Calcutta medical institutions reports 1871-78
Year: 1871
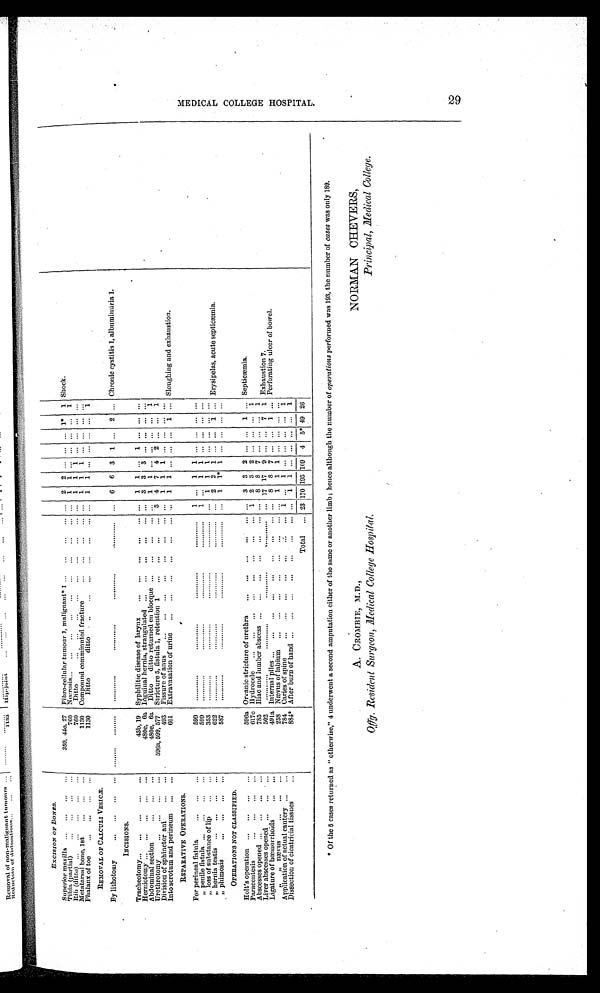
ExciexoN or BONES.
Superior maxilla ... ... ... ...
350, 44e, 27 Fibro-cellular tumour I, malignant. 1 ... ... ... ... ... 2 2 ... ... ... 1* 1 Shock
Tibia (partial)
... ... ... ...
760 Necrosis... ... ... ... ... ... ... ... ... ... 1 1
Rib (ditto) ... ... ... ... ...
760 Ditto
... ... ... ... ... ... ... ... . . 1 1 1
Metatarsal bone, 1st
1130 Compound comminuted fracture
... ... ...
Phalanx of toe
... ... ... —
1130
Ditto
ditto
REMOVAL OF CALCULI VESIC.X.
By lithotowy
.
.
6 6 3 1 ... 2 .., Chronic cystitis 1, albilinhiliria 1.
INCISIONS.
Tracheotomy... ... ... ... ...
43b, 19 Syphilitic disease of larynx
llerniotomy ... ... ... ... ..,
480e, 6a Inguinal hernia, strangulated ... ... ... ... ... ... 3 3 3 ... ... ... ...
Abdominal section
... ...
480e, 6a Ditto ditto returned en blocque ... ... ... ... ... 1 1 ... ... ... ... 1
Urethrotomy
596a, 599, 577 Stricture 5, fistula 1, retention 1
... ... ... ... 3 4 7 4 2 ... ... 1
Division of sphinctor am ... ...
.
493 Fissure of anus
... ... ... ... ... ... ... .. 1 1 1
Into scrotum and perineum ... ...
601 Extravasation of urine ... ... ... ... ... ... ... 1 1 ... ... ... 1 ... Sloughing and exhaustion.
REPARATIVE OPERATIONS.
For perineal fistula... ... ...
599
„ penile fistula .„ ... ..,
..
599
1 ... 1 1
„ loss of substance of lip
... ...
353
„ hernia testis ... ... ...
.
622
2 2 1 ... ... 1 ... Erysipelas, acute septicannia.
„ phimosis
587
OPERATIONS NOT CLASSIFIED.
Holt's operation .„ ,.. ... ..,
'
596a Oreanic stricture of urethra
3 3 2 ... ... 1 ... Septicmmia.
Paracentesis... ... ... ...
617c Hydrocele ... ... ... ... .. ... ... ... 1 2 3 2 ... ... ... 1
Abscesses opened ... .., ... ...
785 Iliac and lumber abscess ... ... ... ... ... ... ... 8 8 7 ... ... ... 1
Liver abscesses opened ... ... . ...
502
,
17 17 9 ... ... 7 1 Exhaustion 7.
Ligature of heemorrhoids
491a Internal piles ... .„ ... „, ... ... ... ... ... 8 8 7 ... ... 1 ... Perforating ulcer of bowel.
11COVIIS
258 Ntevus of labium ... ... ... ... ... ... ... ... 1 1 1 ... ... ... ...
Application of actual cautery
784 Caries of spin
1
... ...
Dissection of cicatricial tissues
884* After burn of hand ... ... ... ... ... ... ... ... 1 1 ... ... ... ... 1
Total ... 23 170 193 109 4 5* 49 26
* Of the 5 cases returned as " otherwise," 4 underwent a second amputation either of the same or another limb; hence although the number of operations performed was 193; the number of cases was only 189.
A. CROMBIE, M.D.,
NORMAN CHEVERS,
Off,. Resident Surgeon, Medical College Hospital,
Principal, Medical College.
t.J
C)
C
0 01
z.D